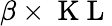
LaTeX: \beta\times\mathrm{~K~L~}